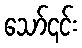
သော်၎င်း